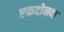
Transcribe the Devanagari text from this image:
एकदोनदा